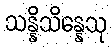
သန္နိသိန္နေသု